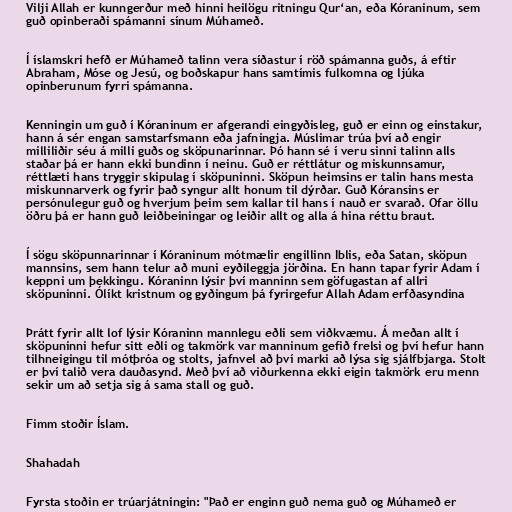
Vilji Allah er kunngerður með hinni heilögu ritningu Qur‘an, eða Kóraninum, sem
guð opinberaði spámanni sínum Múhameð.

Í íslamskri hefð er Múhameð talinn vera síðastur í röð spámanna guðs, á eftir
Abraham, Móse og Jesú, og boðskapur hans samtímis fulkomna og ljúka
opinberunum fyrri spámanna.

Kenningin um guð í Kóraninum er afgerandi eingyðisleg, guð er einn og einstakur,
hann á sér engan samstarfsmann eða jafningja. Múslimar trúa því að engir
milliliðir séu á milli guðs og sköpunarinnar. Þó hann sé í veru sinni talinn alls
staðar þá er hann ekki bundinn í neinu. Guð er réttlátur og miskunnsamur,
réttlæti hans tryggir skipulag í sköpuninni. Sköpun heimsins er talin hans mesta
miskunnarverk og fyrir það syngur allt honum til dýrðar. Guð Kóransins er
persónulegur guð og hverjum þeim sem kallar til hans í nauð er svarað. Ofar öllu
öðru þá er hann guð leiðbeiningar og leiðir allt og alla á hina réttu braut.

Í sögu sköpunnarinnar í Kóraninum mótmælir engillinn Iblis, eða Satan, sköpun
mannsins, sem hann telur að muni eyðileggja jörðina. En hann tapar fyrir Adam í
keppni um þekkingu. Kóraninn lýsir því manninn sem göfugastan af allri
sköpuninni. Ólíkt kristnum og gyðingum þá fyrirgefur Allah Adam erfðasyndina

Þrátt fyrir allt lof lýsir Kóraninn mannlegu eðli sem viðkvæmu. Á meðan allt í
sköpuninni hefur sitt eðli og takmörk var manninum gefið frelsi og því hefur hann
tilhneigingu til mótþróa og stolts, jafnvel að því marki að lýsa sig sjálfbjarga. Stolt
er því talið vera dauðasynd. Með því að viðurkenna ekki eigin takmörk eru menn
sekir um að setja sig á sama stall og guð.

Fimm stoðir Íslam.

Shahadah

Fyrsta stoðin er trúarjátningin: "Það er enginn guð nema guð og Múhameð er